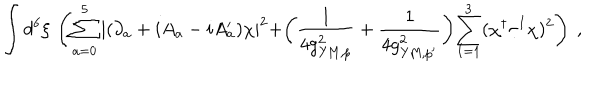
\int d ^ { 6 } \xi \, \left( \sum _ { a = 0 } ^ { 5 } \left| ( \partial _ { a } + i A _ { a } - i A _ { a } ^ { \prime } ) \chi \right| ^ { 2 } + \biggr ( \frac { 1 } { 4 g _ { \mathrm { Y M } , p } ^ { 2 } } + \frac { 1 } { 4 g _ { \mathrm { Y M } , p ^ { \prime } } ^ { 2 } } \biggl ) \sum _ { I = 1 } ^ { 3 } ( \chi ^ { \dagger } \tau ^ { I } \chi ) ^ { 2 } \right) \ ,